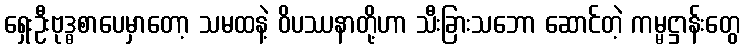
ရှေးဦးဗုဒ္ဓစာပေမှာတော့ သမထနဲ့ ဝိပဿနာတို့ဟာ သီးခြားသဘော ဆောင်တဲ့ ကမ္မဋ္ဌာန်းတွေ